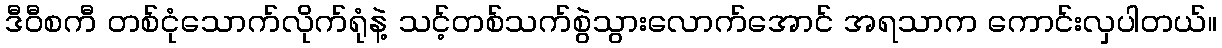
ဒီဝီစကီ တစ်ငုံသောက်လိုက်ရုံနဲ့ သင့်တစ်သက်စွဲသွားလောက်အောင် အရသာက ကောင်းလှပါတယ်။